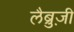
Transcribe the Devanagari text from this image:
लैब्रुज़ी